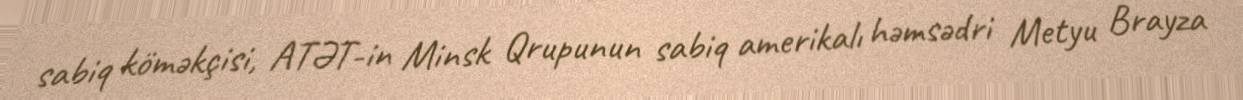
sabiq köməkçisi, ATƏT-in Minsk Qrupunun sabiq amerikalı həmsədri Metyu Brayza